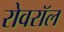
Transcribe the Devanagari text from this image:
रोवरॉल